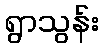
ရွာသွန်း